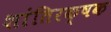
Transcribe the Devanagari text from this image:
शांतिरक्षक